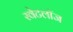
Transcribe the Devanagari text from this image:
स्वेटलॉज